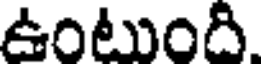
ఉంటుంది.